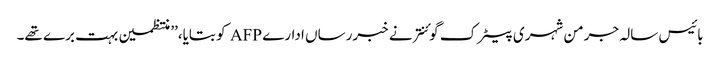
بائیس سالہ جرمن شہری پیٹرک گوئنتر نے خبررساں ادارے AFP کو بتایا،’’ منتظمین بہت برے تھے۔